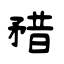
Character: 矠